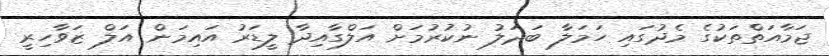
ޖަމާއަތްތަކުގެ މެދުގައި ހަމަލާ ބަދަލު ނުކުރުމަށް އަލްގާއިދާ ލީޑަރު އައިމަން އަލް ޒަވާހިރީ